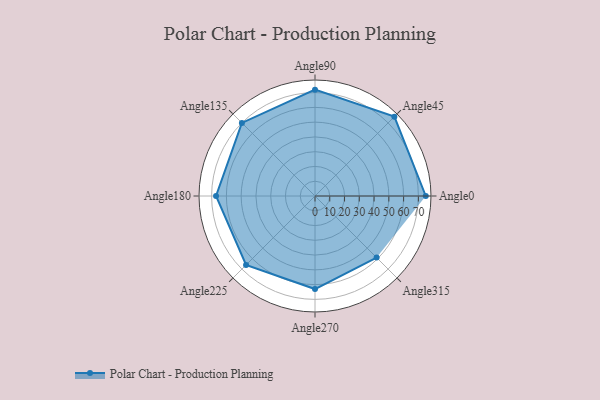
{"axis": {"x": "Angle", "y": "Radius"}, "legend": [""], "data": [{"x": "Angle0", "y": 75.0, "type": ""}, {"x": "Angle45", "y": 76.0, "type": ""}, {"x": "Angle90", "y": 72.0, "type": ""}, {"x": "Angle135", "y": 70.0, "type": ""}, {"x": "Angle180", "y": 67.0, "type": ""}, {"x": "Angle225", "y": 66.0, "type": ""}, {"x": "Angle270", "y": 63.0, "type": ""}, {"x": "Angle315", "y": 59.0, "type": ""}]}